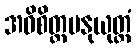
အဓိစိတ္တမနုယုတ္တံ